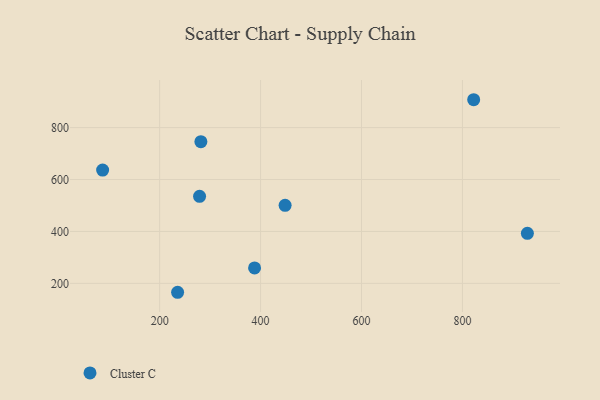
{"axis": {"x": "Speed", "y": "Yield"}, "legend": ["Cluster C"], "data": [{"x": "928.7", "y": 392.8, "type": "Cluster C"}, {"x": "388.1", "y": 259.5, "type": "Cluster C"}, {"x": "448.6", "y": 500.6, "type": "Cluster C"}, {"x": "281.7", "y": 746.0, "type": "Cluster C"}, {"x": "235.6", "y": 165.7, "type": "Cluster C"}, {"x": "87.0", "y": 636.6, "type": "Cluster C"}, {"x": "822.3", "y": 907.4, "type": "Cluster C"}, {"x": "279.1", "y": 535.4, "type": "Cluster C"}]}